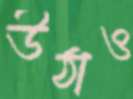
উঠাও